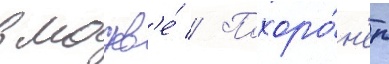
в москв'е́ // Похоро́н'ен